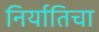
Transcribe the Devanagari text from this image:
निर्यातिचा